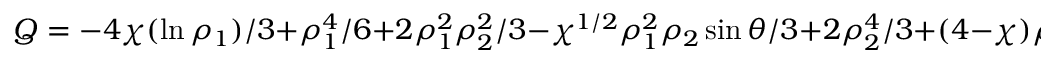
Q = - 4 \chi ( \ln \rho _ { 1 } ) / 3 + \rho _ { 1 } ^ { 4 } / 6 + 2 \rho _ { 1 } ^ { 2 } \rho _ { 2 } ^ { 2 } / 3 - \chi ^ { 1 / 2 } \rho _ { 1 } ^ { 2 } \rho _ { 2 } \sin \theta / 3 + 2 \rho _ { 2 } ^ { 4 } / 3 + ( 4 - \chi ) \rho _ { 2 } ^ { 2 } / 3 + 2 \rho _ { 1 } ^ { 2 } / 3 + 2 \chi ^ { 1 / 2 } \rho _ { 2 } \sin \theta / 3